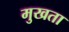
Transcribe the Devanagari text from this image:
मुखता